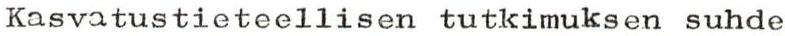
Kasvatustieteellisen tutkimuksen suhde